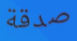
صدقة